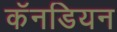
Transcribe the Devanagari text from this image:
कॅनडियन